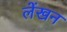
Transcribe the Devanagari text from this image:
लेंखन